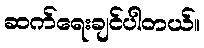
ဆက်ရေးချင်ပါတယ်။